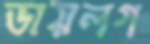
ডায়লগ